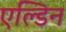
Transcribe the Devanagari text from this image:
एल्डिन